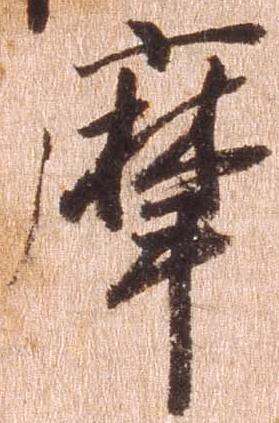
摩